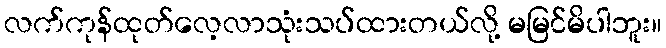
လက်ကုန်ထုတ်လေ့လာသုံးသပ်ထားတယ်လို့ မမြင်မိပါဘူး။